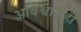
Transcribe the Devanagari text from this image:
अविश्वासही